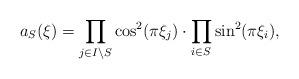
LaTeX: \begin{align*}a_S(\xi)=\prod_{j\in I\setminus S}\cos^2 (\pi \xi_j) \cdot \prod_{i\in S}\sin^2 (\pi \xi_i),\end{align*}